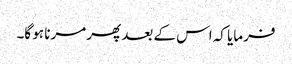
فرمایا کہ اس کے بعد پھر مرنا ہو گا۔